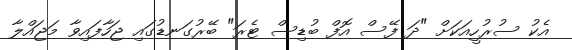
އެކު ސުރުހީއަކަށް "ދަ ފޭސް އޮފް ބުޑިސް ޓެރަ" ބޭރުގަނޑުގައި ޖަހާފައިވާ މަޖައްލާ